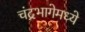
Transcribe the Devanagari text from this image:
चंद्रभागेमध्ये